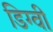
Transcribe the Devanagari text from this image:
डिग्वी